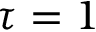
\tau = 1